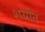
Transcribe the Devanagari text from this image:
शर्यात